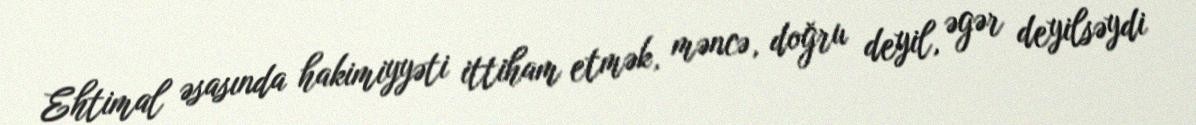
Ehtimal əsasında hakimiyyəti ittiham etmək, məncə, doğru deyil, əgər deyilsəydi